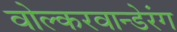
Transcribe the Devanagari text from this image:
वोल्करवान्डेरंग